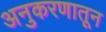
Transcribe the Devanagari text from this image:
अनुकरणातून